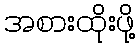
အစားထိုးဖို့